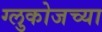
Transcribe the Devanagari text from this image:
ग्लुकोजच्या